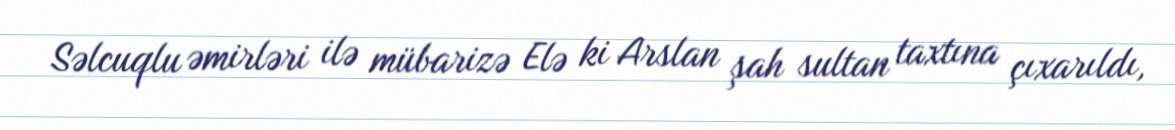
Səlcuqlu əmirləri ilə mübarizə Elə ki Arslan şah sultan taxtına çıxarıldı,